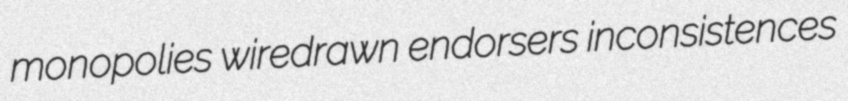
monopolies wiredrawn endorsers inconsistences